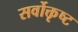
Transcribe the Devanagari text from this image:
सर्वोक्तृष्ट